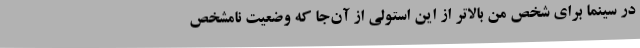
در سینما برای شخص من بالاتر از این استولی از آن‌جا که وضعیت نامشخص